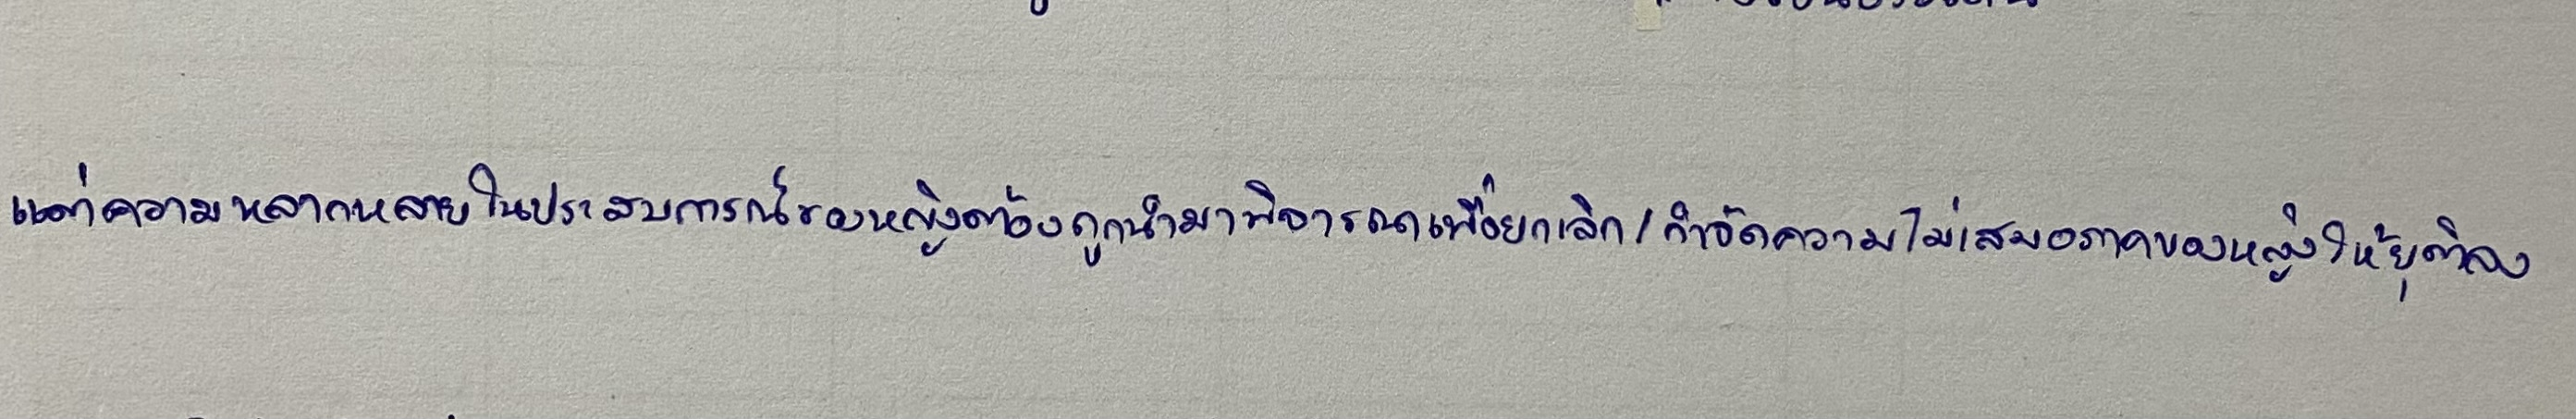
แต่ความหลากหลายในประสบการณ์ของหญิงต้องถูกนำมาพิจารณาเพื่อยกเลิก/กำจัดความไม่เสมอภาคของหญิงให้ยุติลง